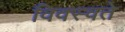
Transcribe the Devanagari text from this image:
विवस्वते